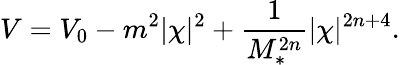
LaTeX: V=V_{0}-m^{2}|\chi|^{2}+\frac{1}{M_{*}^{2n}}|\chi|^{2n+4}.